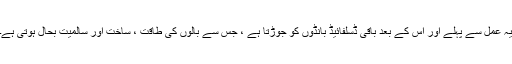
یہ عمل سے پہلے اور اس کے بعد باقی ڈسلفائیڈ بانڈوں کو جوڑتا ہے ، جس سے بالوں کی طاقت ، ساخت اور سالمیت بحال ہوتی ہے۔